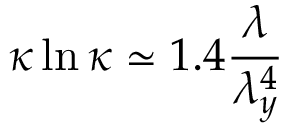
\kappa \ln \kappa \simeq 1 . 4 \frac { \lambda } { \lambda _ { y } ^ { 4 } }